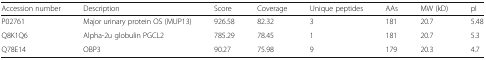
| Accession number | Description | Score | Coverage | Unique peptides | AAs | MW (kD) | pI |
 | --- | --- | --- | --- | --- | --- | --- | --- |
 | P02761 | Major urinary protein OS (MUP13) | 926.58 | 82.32 | 3 | 181 | 20.7 | 5.48 |
 | Q8K1Q6 | Alpha-2u globulin PGCL2 | 785.29 | 78.45 | 1 | 181 | 20.7 | 5.3 |
 | Q78E14 | OBP3 | 90.27 | 75.98 | 9 | 179 | 20.3 | 4.7 |